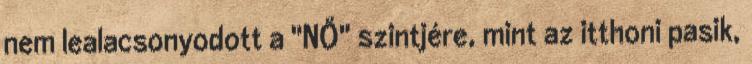
nem lealacsonyodott a "NŐ" szintjére, mint az itthoni pasik,